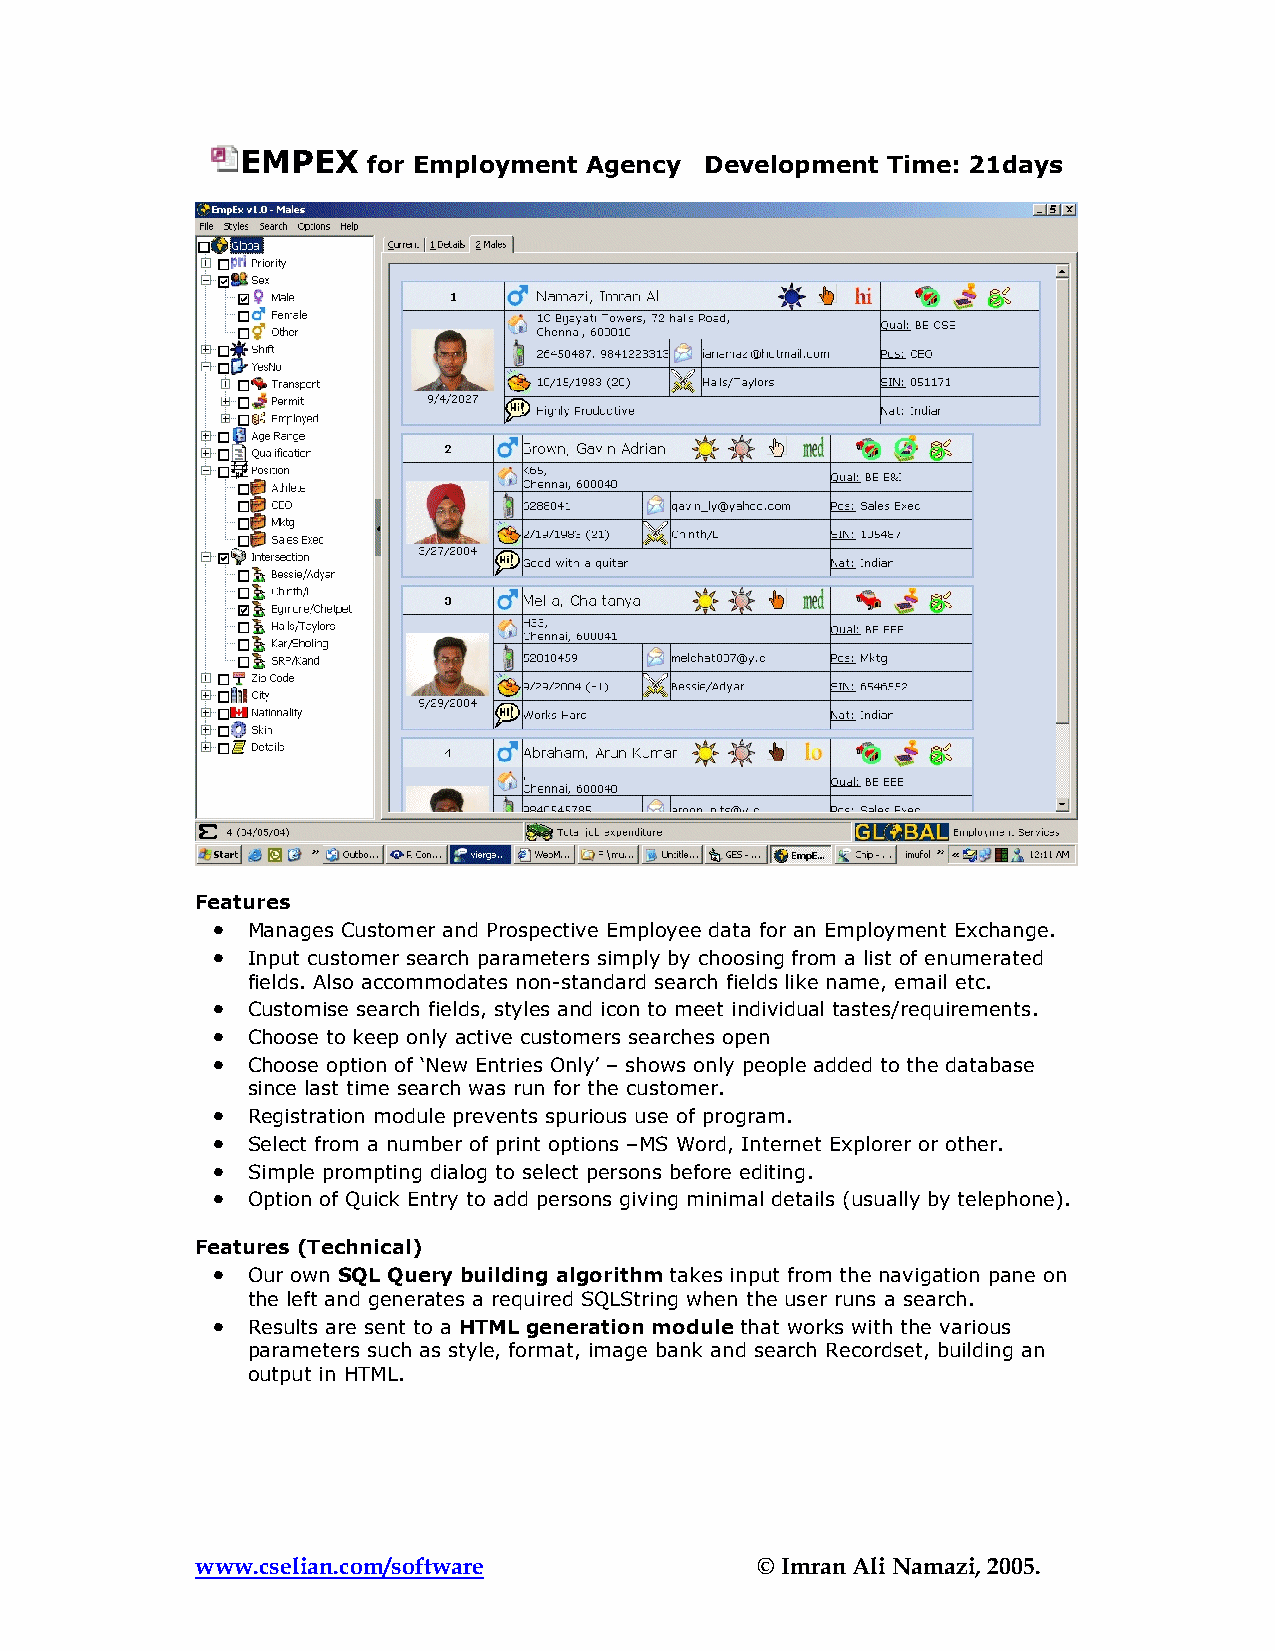
EMPEX   for Employment Agency  Development Time: 21days
 Features
 •
 Manages Customer and Prospective Employee data for an Employment Exchange.
 •
 Input customer search parameters simply by choosing from a list of enumerated
 fields. Also accommodates non-standard search fields like name, email etc.
 •
 Customise search fields, styles and icon to meet individual tastes/requirements.
 •
 Choose to keep only active customers searches open
 •
 Choose option of ‘New Entries Only’ – shows only people added to the database
 since last time search was run for the customer.
 •
 Registration module prevents spurious use of program.
 •
 Select from a number of print options –MS Word, Internet Explorer or other.
 •
 Simple prompting dialog to select persons before editing.
 •
 Option of Quick Entry to add persons giving minimal details (usually by telephone).
 Features (Technical)
 •
 Our own SQL Query building algorithm takes input from the navigation pane on
 the left and generates a required SQLString when the user runs a search.
 •
 Results are sent to a HTML generation module that works with the various
 parameters such as style, format, image bank and search Recordset, building an
 output in HTML.
 www.cselian.com/software             © Imran Ali Namazi, 2005.